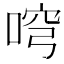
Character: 𠶥